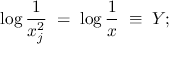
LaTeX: \log \frac { 1 } { x _ { j } ^ { 2 } } \; = \; \log \frac { 1 } { x } \; \equiv \; Y ;